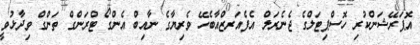
އޮޕަރޭޝަންކުރި ހޮސްޕިޓަލްގެ ޖެނެރަލް އެފެއަރޒްއާބެހޭ ވެރިޔާގެ ނާއިބް އެންގޯ ޓްރަންގް ތަންގް ވިދާޅުވީ